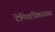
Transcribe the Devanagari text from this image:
टेमियास्किउरुस